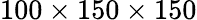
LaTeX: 100\times 150\times 150